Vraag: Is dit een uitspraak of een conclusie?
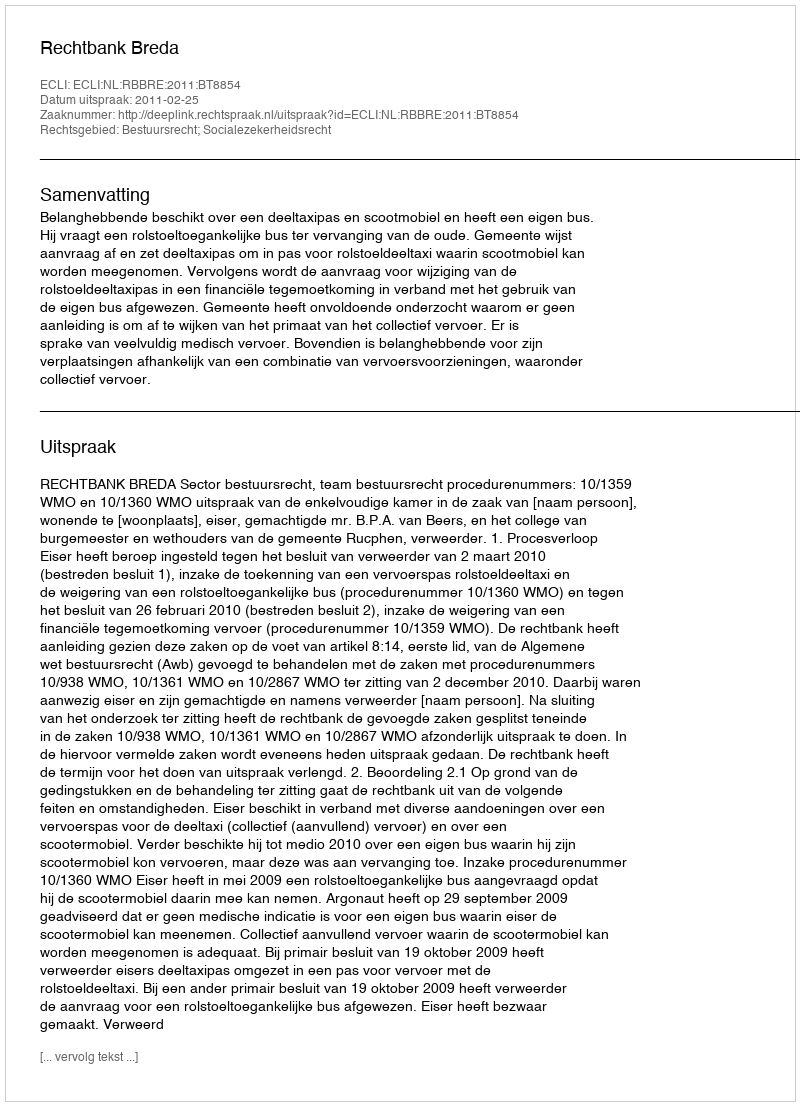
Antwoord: Uitspraak